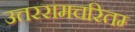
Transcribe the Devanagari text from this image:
उत्तररामचरितम्‍